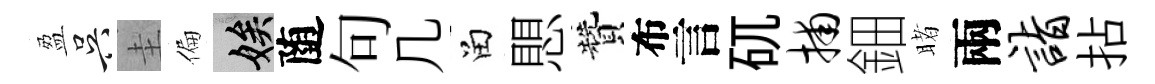
盈吴圭偏娭随句几留愳贊布言矹捕鈿睹兩诣拈